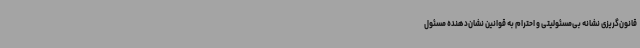
قانون‌گریزی نشانه بی‌مسئولیتی و احترام به قوانین نشان‌دهنده مسئول